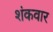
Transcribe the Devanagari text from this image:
शंकवार